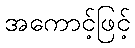
အကောင့်ဖြင့်